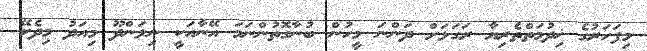
މިފަހަރުގެ ޚިދުމަތްތެރިޔާ ރަގަޅަށް ދަންނަ މީހުން ބުނާގޮތުންނަމަ އޭނާއަކީ ނިލަންދޫ މިއަދު މިދެކޭ